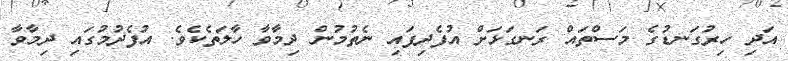
އަދި ހިރުގަނޑުގެ މަސްތައް ރަނގަޅަށް އުފެދިފައި ނެތުމުން ދިމާވާ ހާލަތެކެވެ. އުފެދުމުގައި ދިމާވާ